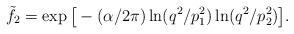
LaTeX: \begin{align*}\tilde{f}_2 = \exp \big[-(\alpha/2\pi)\ln(q^2/p^2_1)\ln(q^2/p^2_2)\big].\end{align*}